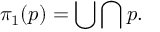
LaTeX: \pi _ { 1 } ( p ) = \bigcup \bigcap p .